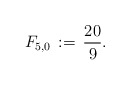
\begin{align*}F_{5,0}\,:=\,\frac{20}{9}.\end{align*}